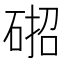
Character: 𮀢